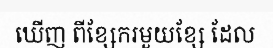
ឃើញ ពីខ្សែករមួយខ្សែ ដែល